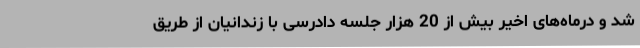
شد و درماه‌های اخیر بیش از 20 هزار جلسه دادرسی با زندانیان از طریق